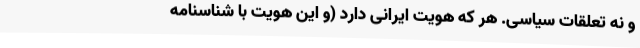
و نه تعلقات سیاسی. هر که هویتِ ایرانی دارد (و این هویت با شناسنامه